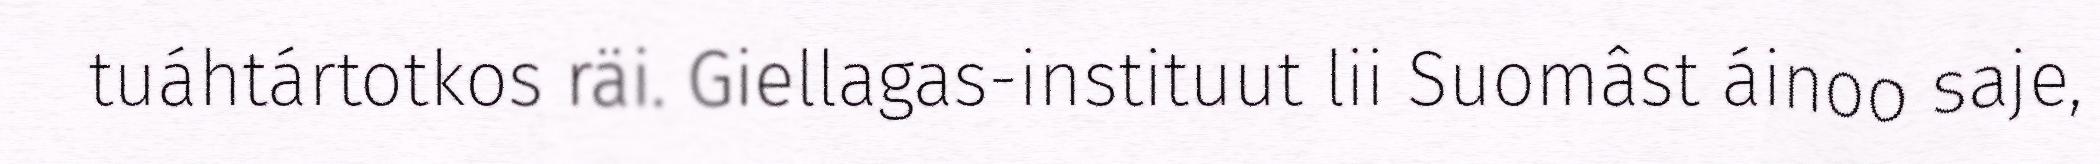
tuáhtártotkos räi. Giellagas-instituut lii Suomâst áinoo saje,